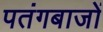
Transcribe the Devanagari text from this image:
पतंगबाजों